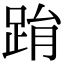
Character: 𨀮